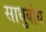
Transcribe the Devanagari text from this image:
साधुबोध